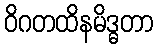
ဝိဂတထိနမိဒ္ဓတာ